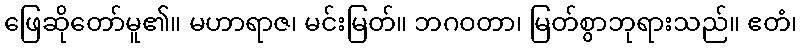
ဖြေဆိုတော်မူ၏။ မဟာရာဇ၊ မင်းမြတ်။ ဘဂဝတာ၊ မြတ်စွာဘုရားသည်။ ဧတံ၊